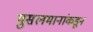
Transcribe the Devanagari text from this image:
मुसलमानांकडून